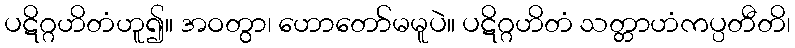
ပဋိဂ္ဂဟိတံဟူ၍။ အဝတွာ၊ ဟောတော်မမူပဲ။ ပဋိဂ္ဂဟိတံ သတ္တာဟံကပ္ပတီတိ၊